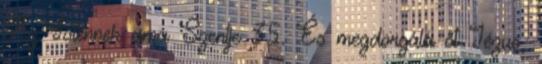
Az Istennek ama Szentje 35. És megdorgálá őt Jézus,